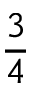
\frac 3 4